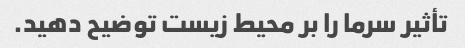
تأثیر سرما را بر محیط زیست توضیح دهید.